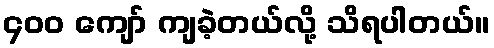
၄၀၀ ကျော် ကျခဲ့တယ်လို့ သိရပါတယ်။